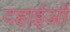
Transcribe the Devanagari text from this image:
दहाईओं